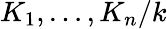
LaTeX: K_{1},\ldots,K_{n}/k